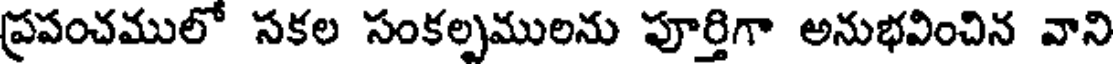
ప్రపంచములో సకల సంకల్పములను పూర్తిగా అనుభవించిన వాని